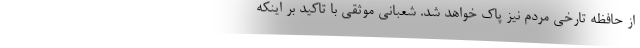
از حافظه تارخی مردم نیز پاک خواهد شد. شعبانی موثقی با تاکید بر اینکه